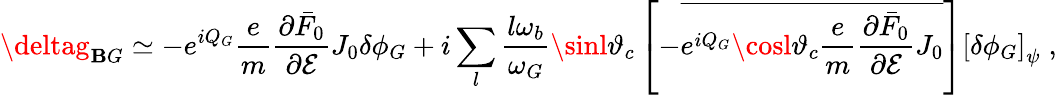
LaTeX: \deltag_{\mathbf{B}G}\simeq-e^{iQ_{G}}\frac{{e}}{{m}}\frac{{\partial\bar{{F}}_{0}}}{{\partial\mathcal{{E}}}}J_{0}\delta\phi_{G}+i\sum_{l}\frac{{l\omega_{b}}}{{\omega_{G}}}\sinl\vartheta_{c}\left[-\overline{{{e^{iQ_{G}}\cosl\vartheta_{c}\frac{{e}}{{m}}\frac{{\partial\bar{{F}}_{0}}}{{\partial\mathcal{{E}}}}J_{0}}}}\right]\left[\delta\phi_{G}\right]_{\psi}\; ,